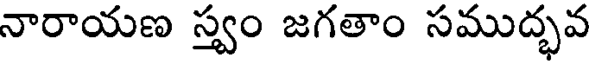
నారాయణ స్త్వం జగతాం సముద్భవ